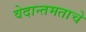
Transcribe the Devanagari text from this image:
वेदान्तमताचे